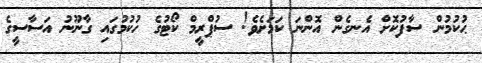
ޙުކުމުން ސާފުކޮށް އެނގެން އޮންނަ ކަމަށެވެ! ސުޕްރީމް ކޯޓުގެ ހުކުމުގައި ގާނޫނު އަސާސީގެ